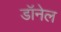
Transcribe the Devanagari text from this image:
डॉनेल